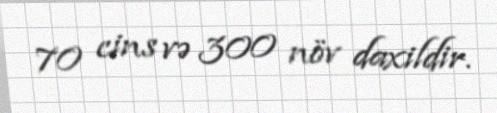
70 cins və 300 növ daxildir.